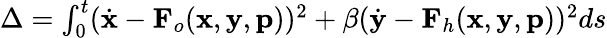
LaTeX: \begin{array}{r}{\Delta=\int_{0}^{t}(\dot{\mathbf{x}}-\mathbf{F}_{o}(\mathbf{x},\mathbf{y},\mathbf{p}))^{2}+\beta(\dot{\mathbf{y}}-\mathbf{F}_{h}(\mathbf{x},\mathbf{y},\mathbf{p}))^{2}ds}\end{array}